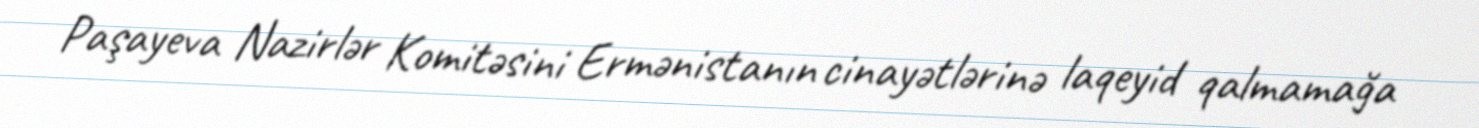
Paşayeva Nazirlər Komitəsini Ermənistanın cinayətlərinə laqeyid qalmamağa